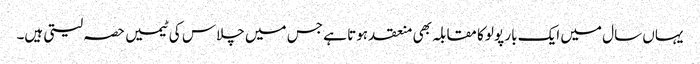
یہاں سال میں ایک بار پولو کا مقابلہ بھی منعقد ہوتا ہے جس میں چلاس کی ٹیمیں حصہ لیتی ہیں۔